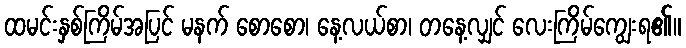
ထမင်းနှစ်ကြိမ်အပြင် မနက် စောစော၊ နေ့လယ်စာ၊ တနေ့လျှင် လေးကြိမ်ကျွေးရ၏။